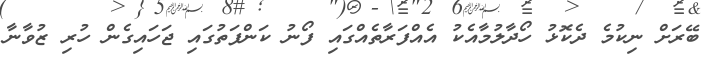
ބޭރަށް ނިކުމެ ދެކޮޅު ހޯދާލުމާއެކު އެއްފަރާތެއްގައި ފޯނު ކަންފަތުގައި ޖަހައިގެން ހުރި ޒުވާނާ